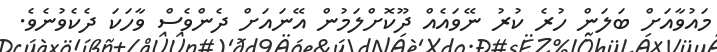
މައުވާއަށް ބަލަން ހުރެ ކުރު ނޭވައެއް ދޫކޮށްލަމުން އޭނައަށް ދެންވެސް ވާހަކަ ދެކެވުނެވެ.